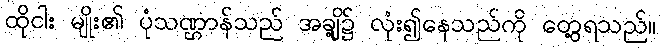
ထိုငါး မျိုး၏ ပုံသဏ္ဌာန်သည် အချို့၌ လုံး၍နေသည်ကို တွေ့ရသည်။